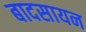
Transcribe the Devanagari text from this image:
बादसायन